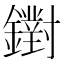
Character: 鑆